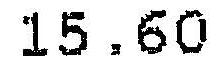
15.60